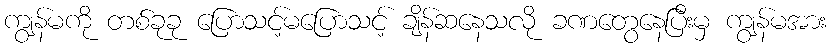
ကျွန်မကို တစ်ခုခု ပြောသင့်မပြောသင့် ချိန်ဆနေသလို ခဏတွေနေပြီးမှ ကျွန်မအား